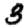
Digit: 3